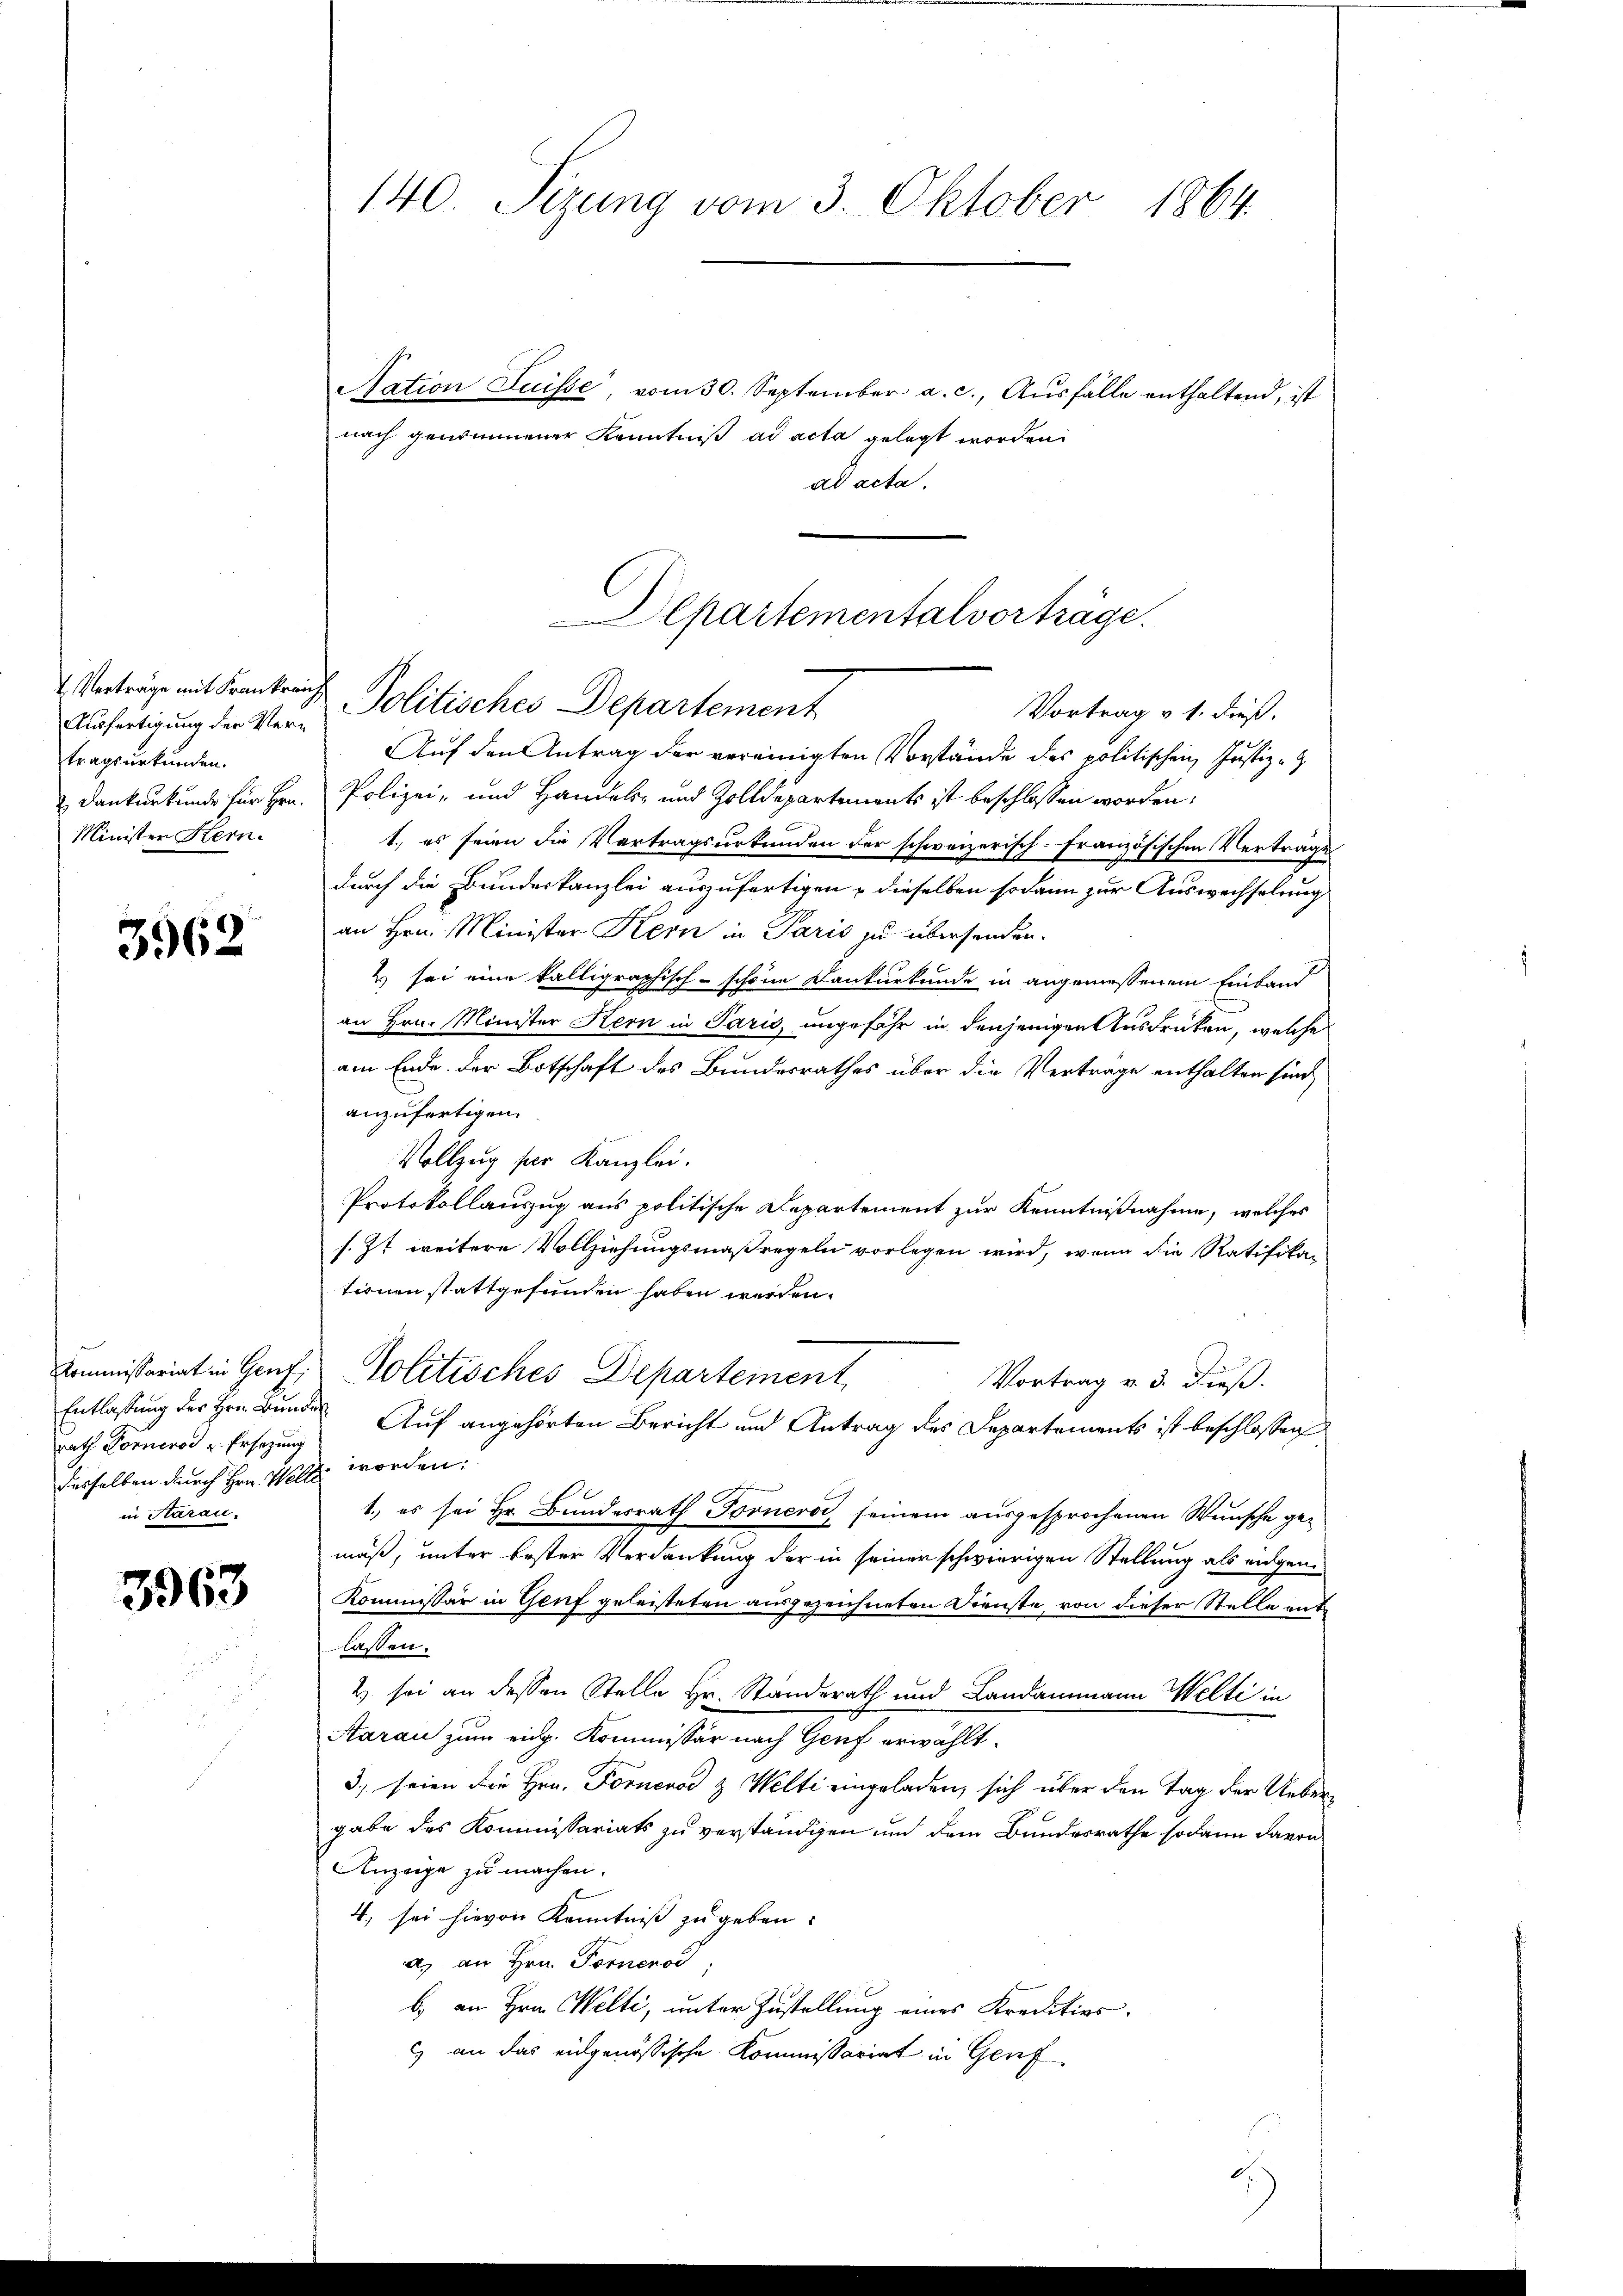
Ausfertigung der Vertragsurkunden.
Minister Kern

3962

Nation Suisse, vom 30. September a. c., Ausfälle enthaltend, ist
nach genommener Kenntniß ad acta gelegt worden.
ad acta.
Auf den Antrag der vereinigten Vorstände des politischen Justiz-
 Dankurkunde für Hrn. Polizei- und Handels- und Zolldepartements ist beschlossen worden,
1.) es seien die Vertragsurkunden der schweizerisch-Französischen Vertrage
durch die Bundeskanzlei auszufertigen & dieselben sodann zur Auswechselung
an Hrn. Minister Kern in Paris zu übersenden.
& sei eine kalligraphisch-schöne Konkurkunde in angemessenem Einband
an Hrn. Minister Kern in Paris, ungefähr in denjenigen Ausdrüken, welche
am Ende. Der Botschaft des Bundesrathes über die Vertrage enthalten sind,
anzufertigen.
Vollzug der Kanzlei.
Protokollauszug aus politische Departement zur Kenntnißnahme, welches
s. Zt. weitere Vollziehungsmaßregeln vorlegen wird, wenn die Ratifikan
tionen stattgefunden haben werden.
Commissariat in Genf Politisches Departement
Vortrag v. 3. Fieß.
Auf angehörten Bericht und Antrag des Departements ist beschlossen
desselben durch Hrn. Wellen worden.
1., es sei Hr. Bundesrath Forneros seinem ausgesprochenen Wunsche gemäß, unter bester Verdankung der in seiner schwierigen Stellung als eigene¬
Kommissär in Genf geleisteten ausgezeichneten Dienste, von dieser Stelle mit
lassen.
2) sei an dessen Stelle Hr. Standerath und Landammann Welti in
Aarau zum eidg. Kommissär nach Genf erwählt.
3.) seien die Hrn. Fornevod & Welti eingeladen, sich über den Tag der Uebergabe des Kommissariats zu verständigen und dem Bundesrathe sodann davon
Anzeige zu machen.
4, sei hievon Kenntniß zu geben.
a. an Hrn. Fornenod,
b.) an Hrn. Welti, unter Zustellung eines Kreditios-
c) an das eidgenössische Kommissariat in Genf

Entlassung des Hrn. Bunden
rath Fornerod u Ersetzung
in Starau

3963

140. Sizung vom 3. Oktober 1864.

Departementalvorträge.
 Verträge mit Frankraut Politisches Departement
Vortrag v. 1. dieß.